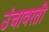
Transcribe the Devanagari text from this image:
उंचावरती